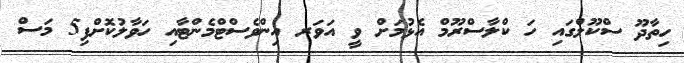
ހިތާދޫ ސްކޫލްގައި ހަ ކްލާސްރޫމް އެޅުމަށް ވީ އަވަރ އިންވެސްޓްމެންޓާއި ހަވާލުކޮށްފި5 މަސް